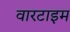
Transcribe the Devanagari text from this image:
वारटाइम